Vital statistics of India. Vol. VI, European troops 1870-79
Year: 1870
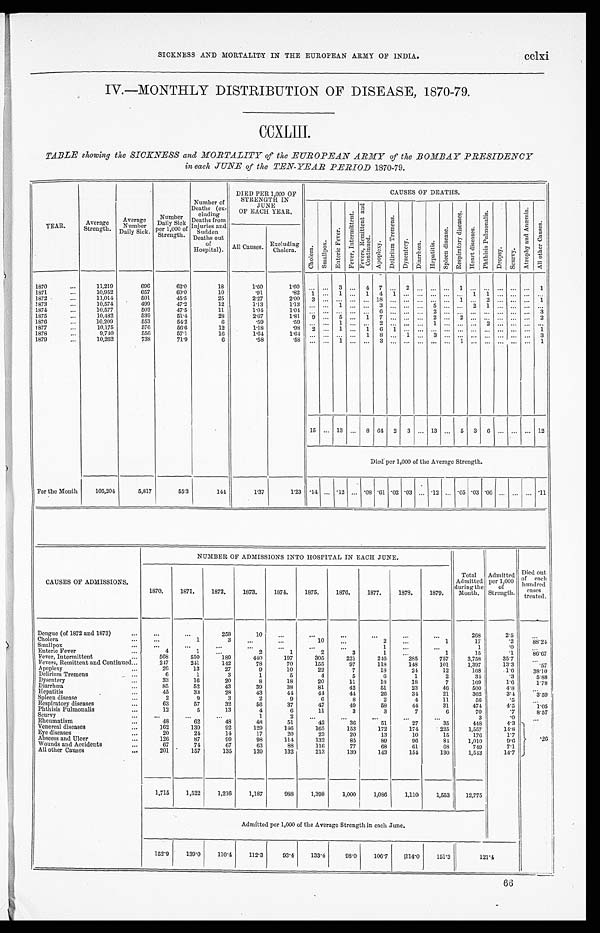
c clxi
SICKNESS AND MORTALITY IN THE EUROPEAN ARMY OP INDIA.
IV.—MONTHLY DISTRIBUTION OF DISEASE, 1870-79.
CCXLIII.
TABLE showing the SICKNESS and MORTALITY of the EUROPEAN ARMY of the BOMBAY PRESIDENCY
in each JUNE of the TEN-YEAR PERIOD 1870-79.
YEAR.
Average
Strength.
Average
Number
Daily Sick.
Number
Daily Sick
per 1,000 of
Strength.
Number of
Deaths (ex-
cluding
Deaths from
Injuries and
Sudden
Deaths out
of
Hospital).
DIED PER 1,000 OF
STRENGTH IN JUNE
OF EACH YEAR.
CAUSES OP DEATHS.
C h o l e r a .
Smallpox.
Ent e r i c Fe ve r . F e v e r , I n t e r mi t t e n t .
F e v e r s , Re mi t t e n t a n d
Continued.
Apopl exy.
De l i r i u m T r e me n s . Dys ent er y. Di ar r hœa. Hepat t i s. S p l e e n d i s e a s e . R e s p i r a t o r y d i s e a s e s . Heat di sease. P h t h i s i s P u l mo n a l i s .
D r o p s y .
S c u r v y .
A t r o p h y a n d A n æ m i a .
A l l o t h e r Ca u s e s .
All Causes. Excluding
Cholera.
1870
...
11,219
696
62.0
18
1.60
1 . 6 0 ... ... 3 ...
4 7 ... 2 ... ... ... 1
... ...
. . . ... ... 1
1871
...
10,952
657
60.0
10
.91
. 8 2 1 ... 1 ...
1 4 1 ... ... ... ... ... 1 1
. . . ... ...
...
1872 •
...
11,014
501
45.5
25
2.27
2 . 0 0 3 ... ... ...
. . .
18 ... ... ... ... ...
1 ... 2 ... ... ... 1
1873
10,574
499
47.2
12
1.13
1.13
... ...
1 ... ..... 3 ... ... ... 5 ... ...... 2 1
. . . ... ... ...
1874
...
10,577
502
47.5
11
1.04
1 0 . 4
. . . . ... ... ... ... 6 ... ... .... 2 ... ... .........
. . . ... ... ...3
1875
...
10,482
539
51.4
28
2.67
1 . 8 1
9
... 5 ...
1 7 ... ... ... 2 ... 2
... ...
. . . ... ... 2
1876
10,209
553
54.2
6
.59
.59
... ...
1 ...
. . . 2 ... ... ...
1 ... ... ... 2
. . . ... ... ...
1877
....
10,175
576
56.6
12
1.18
.98
2 ...
1 ...
1
6
1 ... ..... . ... ... . ..... ...... ......
. . . ... ...
...1
1878
...
9,740
556
57.1
16
1.64
1.64 ... ... ... ...
1 8 ... 1 ... 3 ... ...
...... ..
... ... ... 3
1879
...
10,262
738
71.9
6
.58
.58
... ... 1 ...
. . .
3 ... ... ... ... ... 1
... ......
. . . ... ...
1
15 ... 13 ...
8 64 2
3 ... 13 ...
5
3
6 ... ... ... 12
Died per 1,000 of the Average Strength.
For the Month
105,204
5,817
55.3
144
1.37
1.23
. 14 ... .12 ... .08 .61 .02 .03 ... .12 ... .05 .03 .06 ... ... ... .11
CAUSES OP ADMISSIONS.
NUMBER OF ADMISSIONS INTO HOSPITAL IN EACH JUNE.
1870.
1871.
1872.
1873.
1874.
1875.
1876.
1877.
1878.
1870.
Total
Admitted
during the
Month.
Admitted
per 1,000
of
Strength.
Died out
of each
hundred
cases
treated.
Dengue (of 1872 and 1873)
...
...
...
258
10
...
...
...
. . .
. . .
. . .
268
2.5
. . .
Cholera
...
1
3
. . .
...
10
. . .
2
...
1
17
.2
88.24
Smallpox
...
...
...
...
. . .
...
...
1
. . .
. . .
1
. 0
. . .
Enteric Fever
...
4
1
...
2
1
2
3
1
1
15
.1
86.67
Fever, Intermittent
568
550
189
440
197
305
221
246
285
757
3,758
35.7
. . .
Fevers, Remittent and Continued...
247
241
142
78
70
155
97
118
148
101
1,397
13.3
.57
Apoplexy
,..
26
13
27
9
10
22
7
18
24
12
168
1.6
38.10
Delirium Tremens
...
6
1
3
1
5
4
5
6
1
2
34
.3
5.88
Dysentery
33
16
20
8
18
20
11
18
18
7
169
1.6
1.78
Diarrhœa
...
85
52
43
39
38
81
42
51
23
46
500
4.8
. . .
Hepatitis
...
45
33
28
43
44
44
44
26
34
21
362
3.4
3.59
Spleen disease
...
2
9
3
2
9
6
8
2
4
11
56 .
5
. . .
Respiratory diseases
...
63
57
32
56
37
47
49
58
44
31
474
4..5
1.05
Phthisis Pulmoualis
...
12
5
13
4
6
11
3
3
7
6
70
.7
8.57
Scurvy
,.
. . .
...
1
2
...
...
...
...
3
. 0
...
Rheumatism
...
48
62
48
48
51
42
36
51
27
35
448
4.3
Venereal diseases
...
162
139
92
129
146
165
153
172
174
225
1,557
14.8
Eye diseases
...
20
24
14
17
20
23
20
13
10
15
176
1.7
. 2 6
Abscess and Ulcer
...
126
87
99
98
114
132
85
89
96
84
1,010
9.6
Wounds and Accidents
...
67
74
67
63
88
116
77
68
61
08
749
7.1
All other Causes
...
201
157
135
139
132
213
139
143
154
130
1,543
1 4 . 7
1,715
1,522
1,216
1,187
988
1,398
1,000
1,086
1,110
1,553
12,775
Admitted per 1,000 of the Average Strength in each June.
152.9
139.0
110.4
112.3
93.4
133.4
98.0
106.7
11 4 . 0
151.3
1 2 1 . 4
66